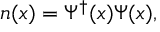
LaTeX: n ( x ) = \Psi ^ { \dagger } ( x ) \Psi ( x ) ,